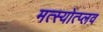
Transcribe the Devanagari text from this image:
मत्स्योत्प्लव